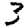
Digit: 3